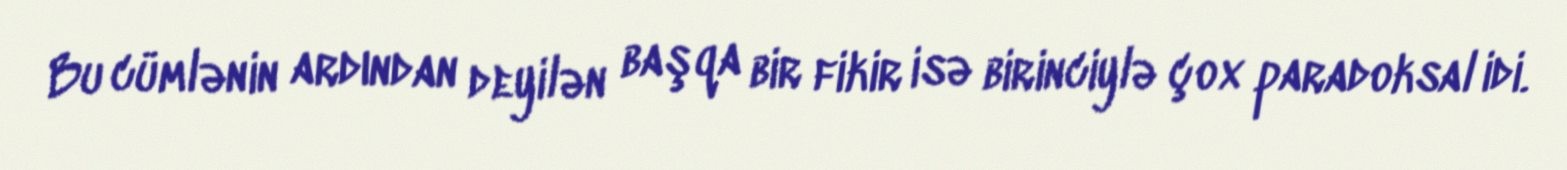
Bu cümlənin ardından deyilən başqa bir fikir isə birinciylə çox paradoksal idi.